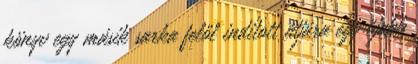
könyv egy másik sarka felől indított útjára egy újabb